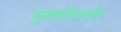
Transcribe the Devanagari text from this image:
मुक्तीपर्यंत